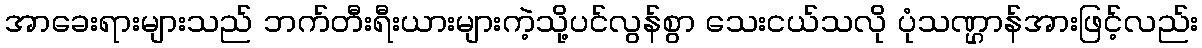
အာခေးရားများသည် ဘက်တီးရီးယားများကဲ့သို့ပင်လွန်စွာ သေးငယ်သလို ပုံသဏ္ဌာန်အားဖြင့်လည်း